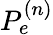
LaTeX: P_{e}^{(n)}